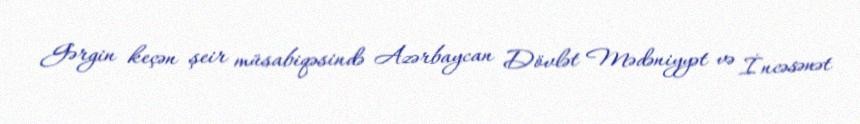
Gərgin keçən şeir müsabiqəsində Azərbaycan Dövlət Mədəniyyət və İncəsənət